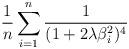
LaTeX: \begin{align*}\frac{1}{n}\sum_{i=1}^n\frac{1}{(1 + 2\lambda \beta_i^2)^4} \end{align*}